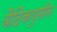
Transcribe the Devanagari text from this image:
वैदिकयुगीन